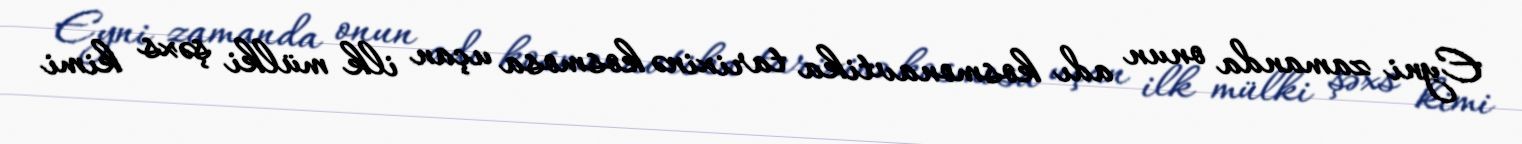
Eyni zamanda onun adı kosmonavtika tarixinə kosmosa uçan ilk mülki şəxs kimi